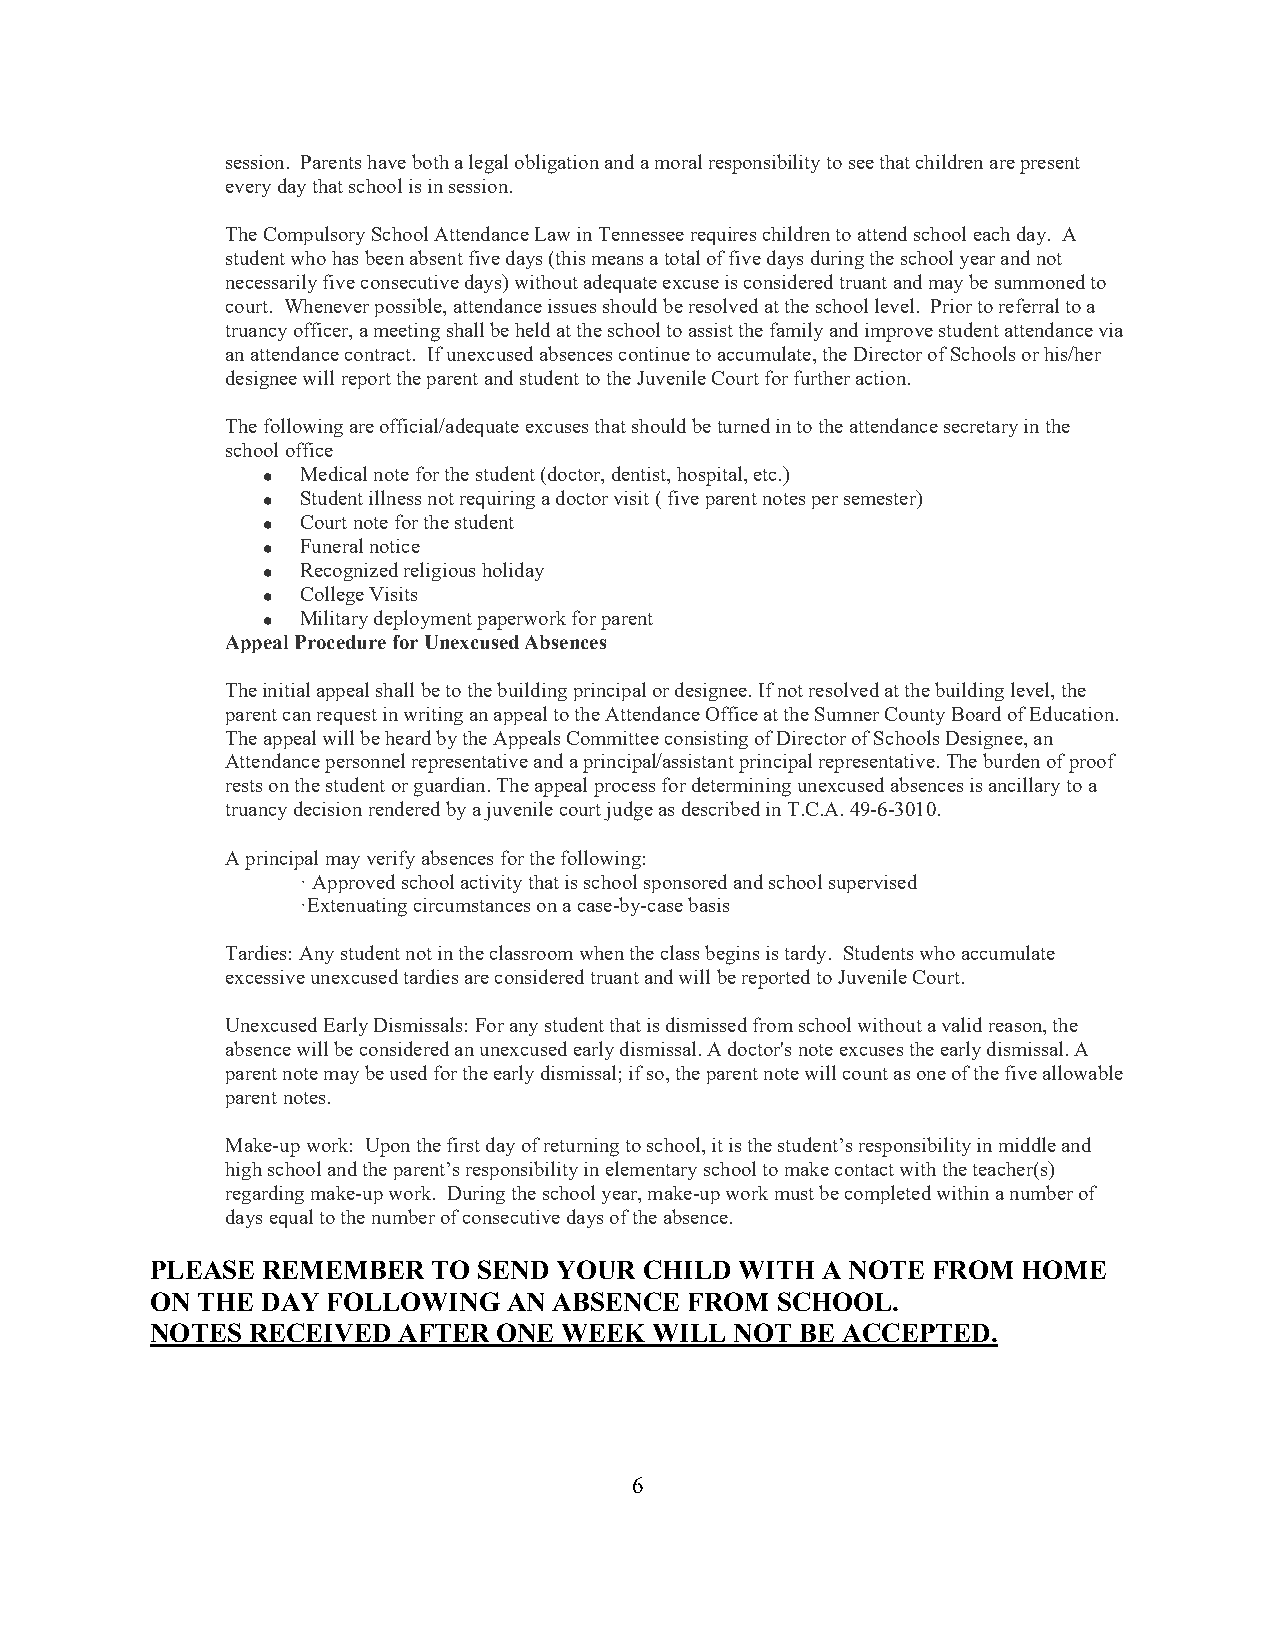
session. Parents have both a legal obligation and a moral responsibility to see that children are present
 every day that school is in session.
 The Compulsory School Attendance Law in Tennessee requires children to attend school each day. A
 student who has been absent five days (this means a total of five days during the school year and not
 necessarily five consecutive days) without adequate excuse is considered truant and may be summoned to
 court. Whenever possible, attendance issues should be resolved at the school level. Prior to referral to a
 truancy officer, a meeting shall be held at the school to assist the family and improve student attendance via
 an attendance contract. If unexcused absences continue to accumulate, the Director of Schools or his/her
 designee will report the parent and student to the Juvenile Court for further action.
 The following are official/adequate excuses that should be turned in to the attendance secretary in the
 school office
 •  Medical note for the student (doctor, dentist, hospital, etc.)
 •  Student illness not requiring a doctor visit ( five parent notes per semester)
 •  Court note for the student
 •  Funeral notice
 •  Recognized religious holiday
 •  College Visits
 •  Military deployment paperwork for parent
 Appeal Procedure for Unexcused Absences
 The initial appeal shall be to the building principal or designee. If not resolved at the building level, the
 parent can request in writing an appeal to the Attendance Office at the Sumner County Board of Education.
 The appeal will be heard by the Appeals Committee consisting of Director of Schools Designee, an
 Attendance personnel representative and a principal/assistant principal representative. The burden of proof
 rests on the student or guardian. The appeal process for determining unexcused absences is ancillary to a
 truancy decision rendered by a juvenile court judge as described in T.C.A. 49-6-3010.
 A principal may verify absences for the following:
 · Approved school activity that is school sponsored and school supervised
 ·Extenuating circumstances on a case-by-case basis
 Tardies: Any student not in the classroom when the class begins is tardy. Students who accumulate
 excessive unexcused tardies are considered truant and will be reported to Juvenile Court.
 Unexcused Early Dismissals: For any student that is dismissed from school without a valid reason, the
 absence will be considered an unexcused early dismissal. A doctor's note excuses the early dismissal. A
 parent note may be used for the early dismissal; if so, the parent note will count as one of the five allowable
 parent notes.
 Make-up work: Upon the first day of returning to school, it is the student’s responsibility in middle and
 high school and the parent’s responsibility in elementary school to make contact with the teacher(s)
 regarding make-up work. During the school year, make-up work must be completed within a number of
 days equal to the number of consecutive days of the absence.
 PLEASE REMEMBER    TO SEND YOUR  CHILD WITH A NOTE  FROM  HOME
 ON THE DAY  FOLLOWING   AN ABSENCE FROM  SCHOOL.
 NOTES RECEIVED  AFTER  ONE WEEK  WILL  NOT BE ACCEPTED.
 6